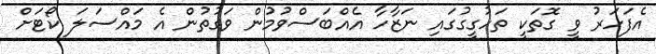
އެފަހަރު ވީ ގޮތަކީ ތަހުގީގުގައި ނަޒާހާ އެއްބަސްވުމުން ވަގުތުން އެ މައްސަލަ ކޯޓަށް